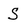
Character: S